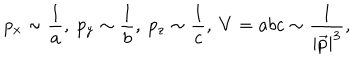
p _ { x } \sim \frac 1 a , \ p _ { y } \sim \frac 1 b , \ p _ { z } \sim \frac 1 c , \ V = a b c \sim \frac 1 { \left| \vec { p } \right| ^ { 3 } } ,